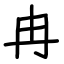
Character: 冉